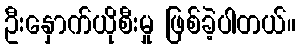
ဦးနှောက်ယိုစီးမှု ဖြစ်ခဲ့ပါတယ်။